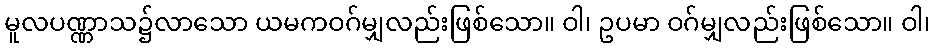
မူလပဏ္ဏာသ၌လာသော ယမကဝဂ်မျှလည်းဖြစ်သော။ ဝါ၊ ဥပမာ ဝဂ်မျှလည်းဖြစ်သော။ ဝါ၊